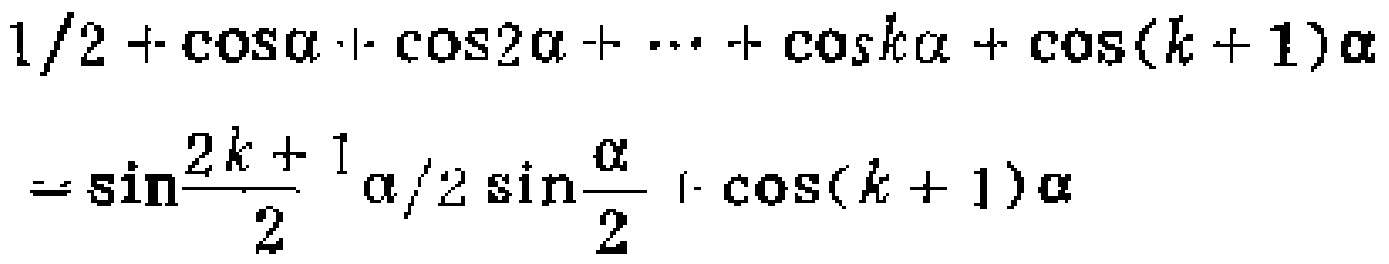
$\frac{1}{2}+\cos\alpha+\cos2\alpha+\cdots+\cos k\alpha+\cos(k + 1)\alpha=\sin\frac{2k + 1}{2}\alpha/2\sin\frac{\alpha}{2}+\cos(k + 1)\alpha$